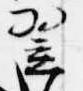
翌